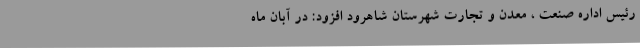
رئیس اداره صنعت ، معدن و تجارت شهرستان شاهرود افزود: در آبان ماه